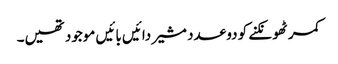
کمر ٹھونکنے کو دو عدد مشیر دائیں بائیں موجود تھیں۔